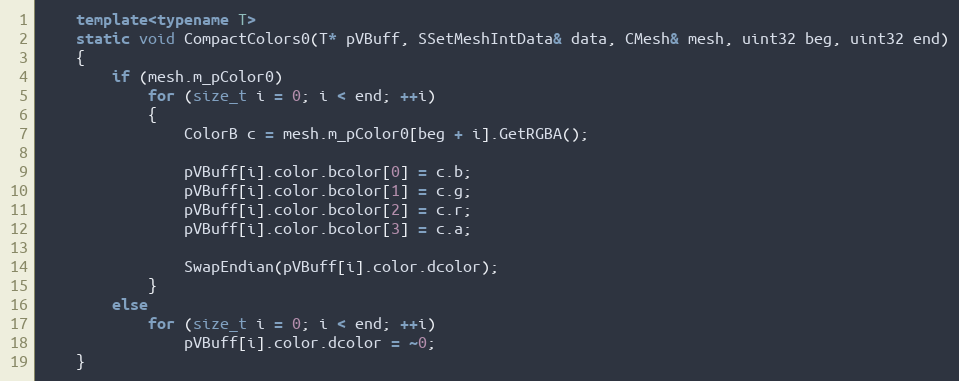
Language: C++
	template<typename T>
	static void CompactColors0(T* pVBuff, SSetMeshIntData& data, CMesh& mesh, uint32 beg, uint32 end)
	{
		if (mesh.m_pColor0)
			for (size_t i = 0; i < end; ++i)
			{
				ColorB c = mesh.m_pColor0[beg + i].GetRGBA();

				pVBuff[i].color.bcolor[0] = c.b;
				pVBuff[i].color.bcolor[1] = c.g;
				pVBuff[i].color.bcolor[2] = c.r;
				pVBuff[i].color.bcolor[3] = c.a;

				SwapEndian(pVBuff[i].color.dcolor);
			}
		else
			for (size_t i = 0; i < end; ++i)
				pVBuff[i].color.dcolor = ~0;
	}